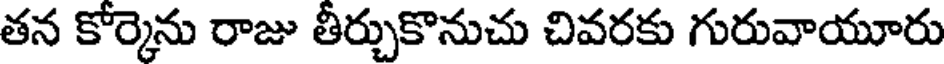
తన కోర్కెను రాజు తీర్చుకొనుచు చివరకు గురువాయూరు